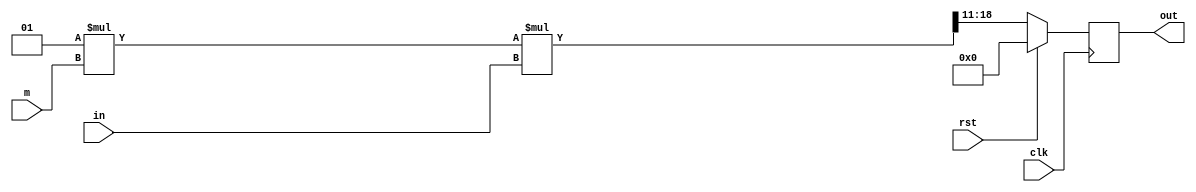
module range_mod (
	input clk, rst,
	input wire signed [11:0] m, //Q1.11   (-1,1)
	input signed [7:0] in,//Q1.7
	output reg signed [7:0] out //Q1.7
);

initial begin 
	out = 8'sb0;
end

always@(posedge clk) begin
	if(rst)	out <= 8'sb0;
	else 
	out <= (20'sb1 * m * in) >>> 11;

end




endmodule